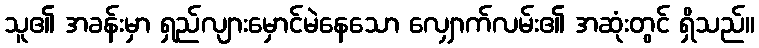
သူ၏ အခန်းမှာ ရှည်လျားမှောင်မဲနေသော လျှောက်လမ်း၏ အဆုံးတွင် ရှိသည်။